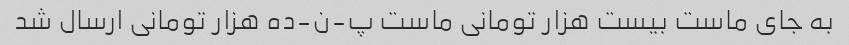
به جای ماست بیست هزار تومانی ماست پ-ن-ده هزار تومانی ارسال شد